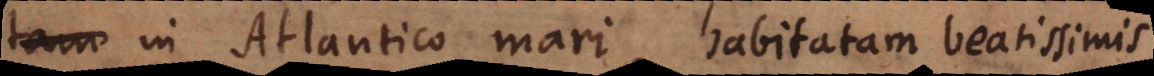
in Atlantico mari, habitatam beatissimis